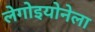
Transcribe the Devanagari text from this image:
लेगोइयोनेला